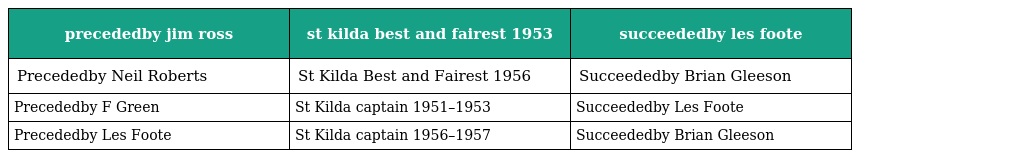
| precededby jim ross | st kilda best and fairest 1953 | succeededby les foote |
 | --- | --- | --- |
 | Precededby Neil Roberts | St Kilda Best and Fairest 1956 | Succeededby Brian Gleeson |
 | Precededby F Green | St Kilda captain 1951–1953 | Succeededby Les Foote |
 | Precededby Les Foote | St Kilda captain 1956–1957 | Succeededby Brian Gleeson |